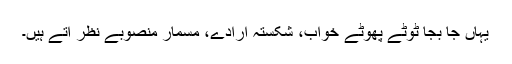
یہاں جا بجا ٹوٹے پھوٹے خواب، شکستہ ارادے، مسمار منصوبے نظر آتے ہیں۔